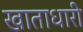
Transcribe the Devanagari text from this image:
खाताधारी